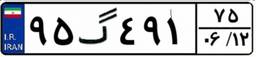
۹۵گ۴۹۱۷۵